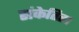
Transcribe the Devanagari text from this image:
संकेतित।